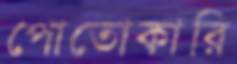
পোতোকারি